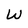
Character: W